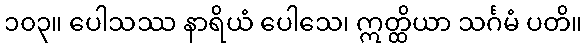
၁၀၃။ ပေါသဿ နာရိယံ ပေါသေ၊ ဣတ္ထိယာ သင်္ဂမံ ပတိ။